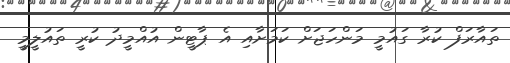
ތައާރަފް ކުރާ ގައުމީ މަންހަޖަށް ކަމަށާއި އެ ޕާޓީން އުއްމީދު ކުރީ ތައުލީމީ